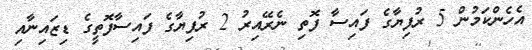
އެހެންކަމުން 5 ރުފިޔާގެ ފައިސާ ފޮތި ނެރޭއިރު 2 ރުފިޔާގެ ފައިސާފޮތީގެ ޑިޒައިނާއި